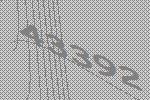
43392